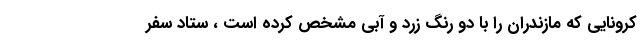
کرونایی که مازندران را با دو رنگ زرد و آبی مشخص کرده است ، ستاد سفر